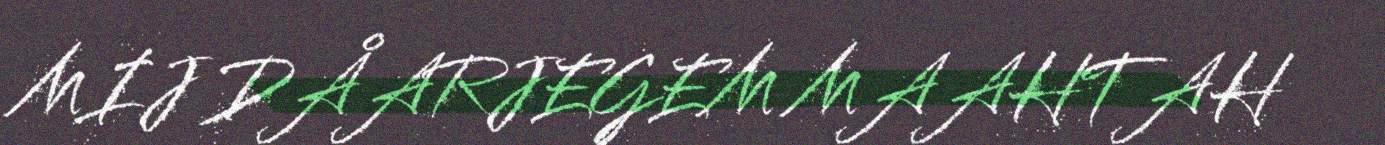
MIJ DÅARJEGEM MAAHTAH